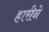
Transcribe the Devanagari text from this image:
हारीने